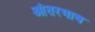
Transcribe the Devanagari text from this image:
आंतरभाव